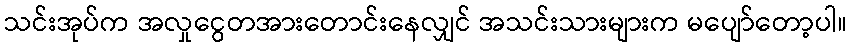
သင်းအုပ်က အလှုငွေတအားတောင်းနေလျှင် အသင်းသားများက မပျော်တော့ပါ။